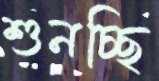
শুনচ্ছি